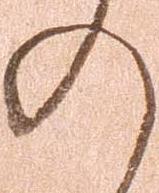
の